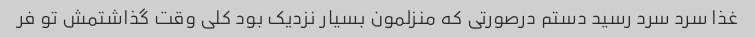
غذا سرد سرد رسید دستم درصورتی که منزلمون بسیار نزدیک بود کلی وقت گذاشتمش تو فر